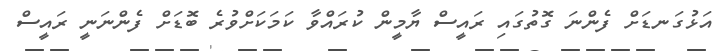
އަޅުގަނޑަށް ފެންނަ ގޮތުގައި ރައީސް ޔާމީން ކުރައްވާ ކަމަކަށްވުރެ ބޮޑަށް ފެންނަނީ ރައީސް